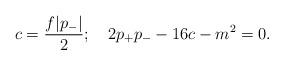
LaTeX: \begin{align*}c= {f|p_-|\over2};\quad 2p_+p_- - 16c - m^2=0.\end{align*}